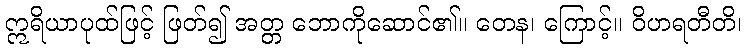
ဣရိယာပုထ်ဖြင့် ဖြတ်၍ အတ္တ ဘောကိုဆောင်၏။ တေန၊ ကြောင့်။ ဝိဟရတီတိ၊